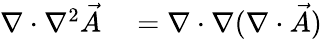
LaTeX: \begin{array}{rl}{\nabla\cdot\nabla^{2}{\vec{A}}}&{{}=\nabla\cdot\nabla(\nabla\cdot{\vec{A}})}\end{array}